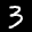
Label: 3